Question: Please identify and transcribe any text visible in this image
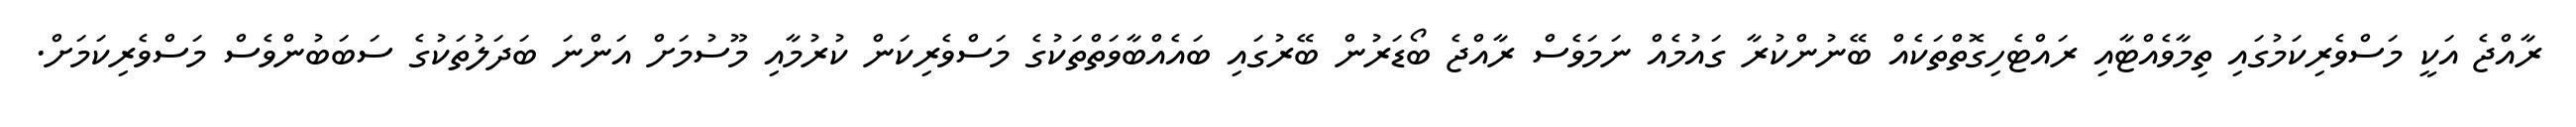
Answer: ރާއްޖެ އަކީ މަސްވެރިކަމުގައި ތިމާވެއްޓާއި ރައްޓެހިގޮތްތަކެއް ބޭނުންކުރާ ގައުމެއް ނަމަވެސް ރާއްޖެ ބޯޑަރުން ބޭރުގައި ބައެއްބާވަތްތަކުގެ މަސްވެރިކަން ކުރުމާއި މޫސުމަށް އަންނަ ބަދަލުތަކުގެ ސަބަބުންވެސް މަސްވެރިކަމަށް.